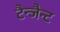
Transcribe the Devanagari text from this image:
टैन्जैन्ट